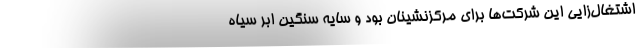
اشتغال‌زايي اين شركت‌ها براي مركزنشينان بود و سايه سنگين ابر سياه